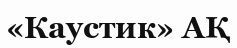
«Каустик» АҚ